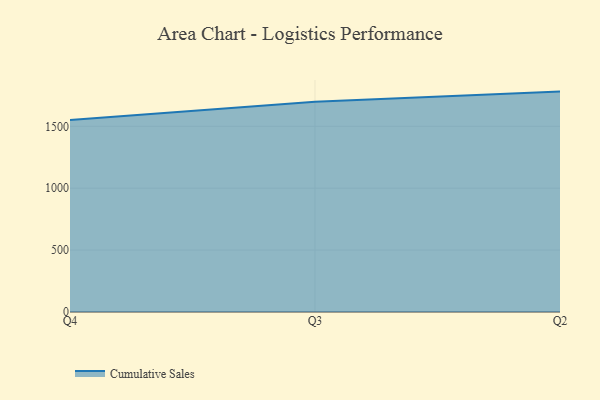
{"axis": {"x": "Quarter", "y": "Demand Index"}, "legend": ["Cumulative Sales"], "data": [{"x": "Q4", "y": 1550.9, "type": "Cumulative Sales"}, {"x": "Q3", "y": 1698.0, "type": "Cumulative Sales"}, {"x": "Q2", "y": 1780.7, "type": "Cumulative Sales"}]}